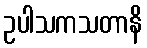
ဥပါသကသတာနိ